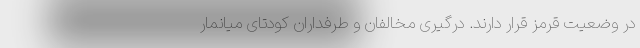
در وضعیت قرمز قرار دارند. درگیری مخالفان و طرفداران کودتای میانمار